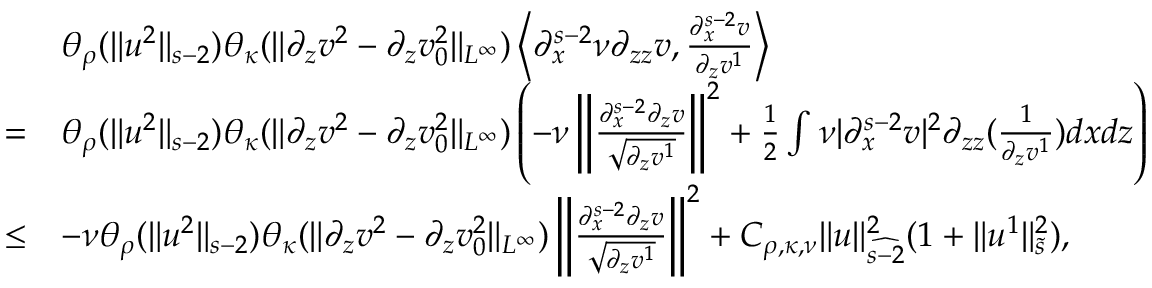
\begin{array} { r l } & { \theta _ { \rho } ( \| u ^ { 2 } \| _ { s - 2 } ) \theta _ { \kappa } ( \| \partial _ { z } v ^ { 2 } - \partial _ { z } v _ { 0 } ^ { 2 } \| _ { L ^ { \infty } } ) \left\langle \partial _ { x } ^ { s - 2 } \nu \partial _ { z z } v , \frac { \partial _ { x } ^ { s - 2 } v } { \partial _ { z } v ^ { 1 } } \right\rangle } \\ { = } & { \theta _ { \rho } ( \| u ^ { 2 } \| _ { s - 2 } ) \theta _ { \kappa } ( \| \partial _ { z } v ^ { 2 } - \partial _ { z } v _ { 0 } ^ { 2 } \| _ { L ^ { \infty } } ) \left( - \nu \left\| \frac { \partial _ { x } ^ { s - 2 } \partial _ { z } v } { \sqrt { \partial _ { z } v ^ { 1 } } } \right\| ^ { 2 } + \frac 1 2 \int \nu | \partial _ { x } ^ { s - 2 } v | ^ { 2 } \partial _ { z z } ( \frac 1 { \partial _ { z } v ^ { 1 } } ) d x d z \right) } \\ { \leq } & { - \nu \theta _ { \rho } ( \| u ^ { 2 } \| _ { s - 2 } ) \theta _ { \kappa } ( \| \partial _ { z } v ^ { 2 } - \partial _ { z } v _ { 0 } ^ { 2 } \| _ { L ^ { \infty } } ) \left\| \frac { \partial _ { x } ^ { s - 2 } \partial _ { z } v } { \sqrt { \partial _ { z } v ^ { 1 } } } \right\| ^ { 2 } + C _ { \rho , \kappa , \nu } \| u \| _ { \widehat { s - 2 } } ^ { 2 } ( 1 + \| u ^ { 1 } \| _ { \tilde { s } } ^ { 2 } ) , } \end{array}